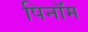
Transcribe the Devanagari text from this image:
पिनॉम